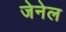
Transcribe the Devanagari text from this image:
जेनेल